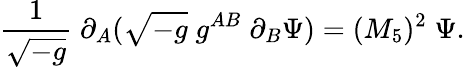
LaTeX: {\frac{1}{\sqrt{-g}}}\; \partial_{A}(\sqrt{-g}\; g^{AB}\; \partial_{B}\Psi)=(M_{5})^{2}\; \Psi.